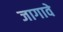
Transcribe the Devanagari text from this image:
जागावे